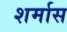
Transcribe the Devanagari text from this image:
शर्मास